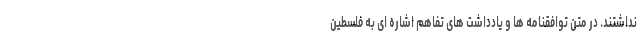
نداشتند. در متن توافقنامه ها و یادداشت های تفاهم اشاره ای به فلسطین